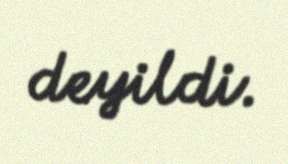
deyildi.